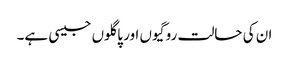
ان کی حالت روگیوں اور پاگلوں جیسی ہے۔